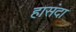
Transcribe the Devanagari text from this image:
हासंदा